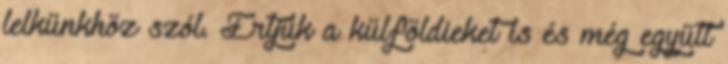
lelkünkhöz szól. Értjük a külföldieket is és még együtt